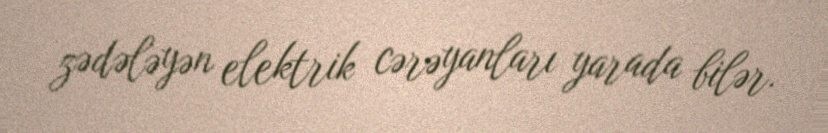
zədələyən elektrik cərəyanları yarada bilər.